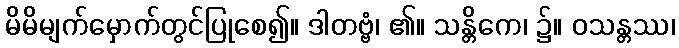
မိမိမျက်မှောက်တွင်ပြုစေ၍။ ဒါတဗ္ဗံ၊ ၏။ သန္တိကေ၊ ၌။ ဝသန္တဿ၊